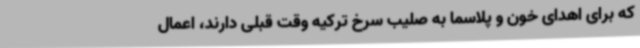
که برای اهدای خون و پلاسما به صلیب سرخ ترکیه وقت قبلی دارند، اعمال